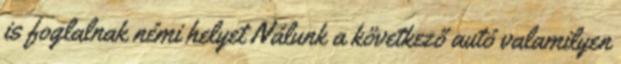
is foglalnak némi helyet Nálunk a következő autó valamilyen